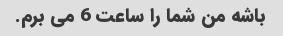
باشه من شما را ساعت 6 می برم.